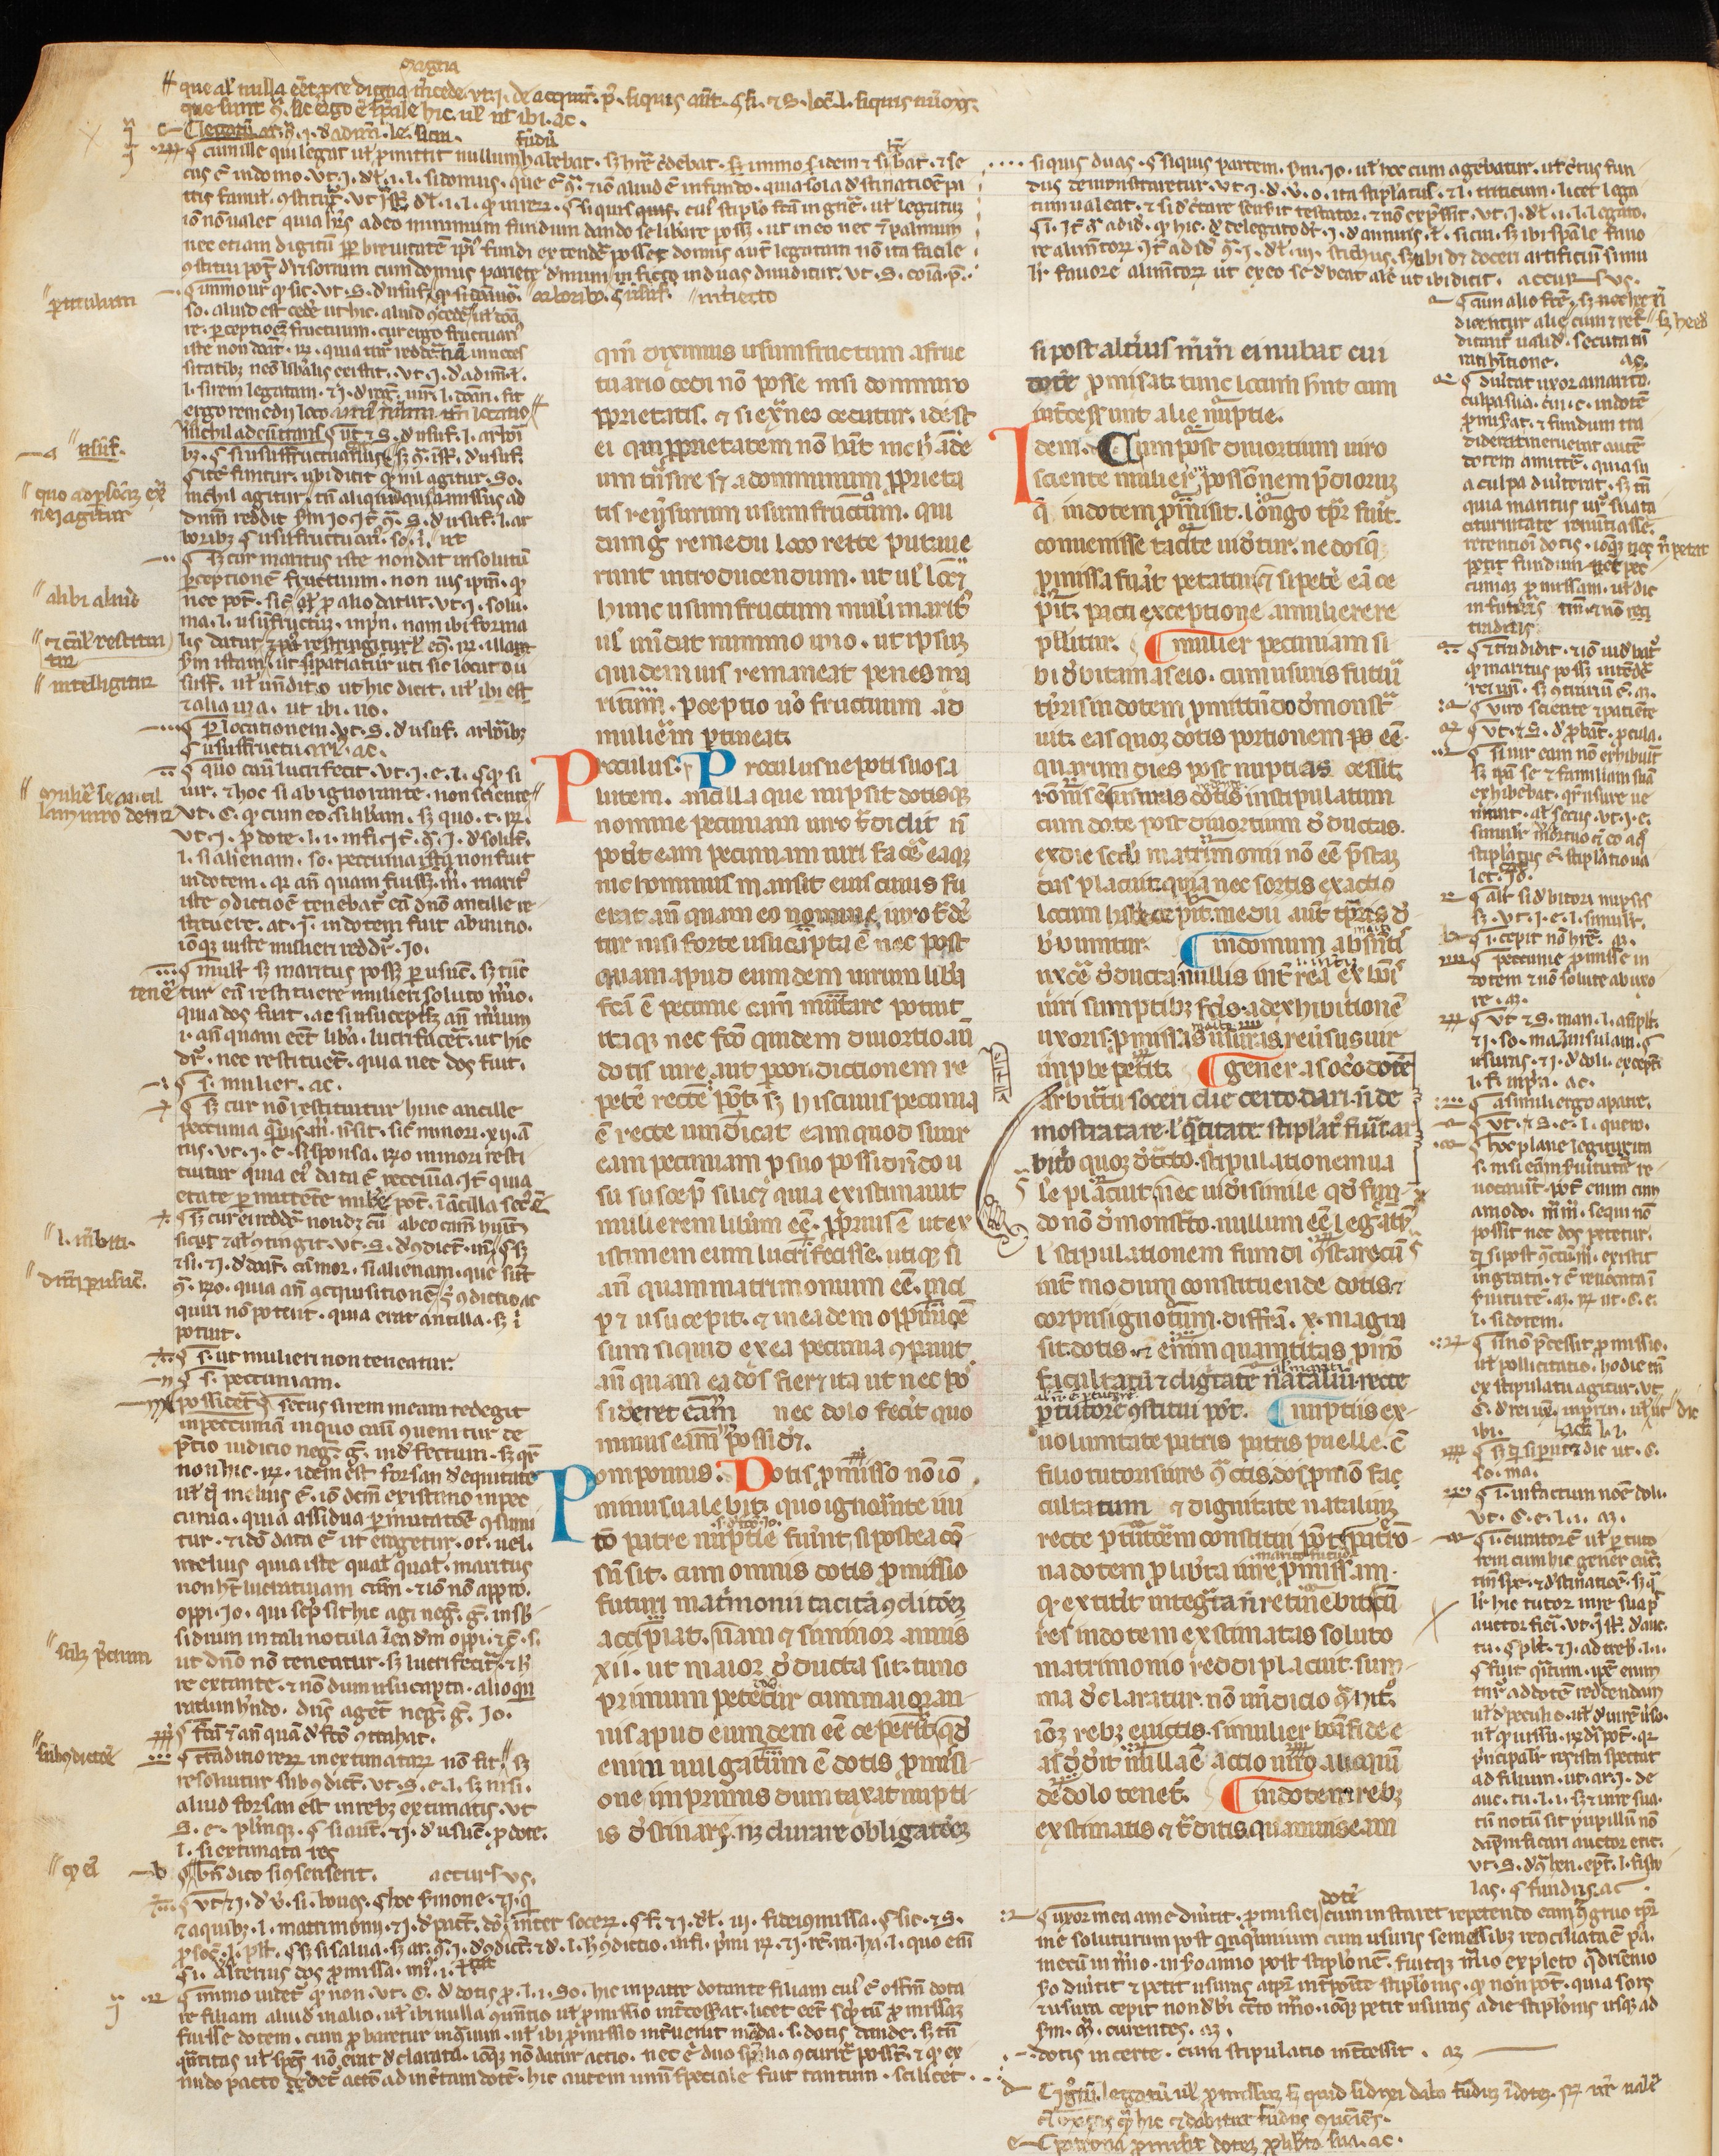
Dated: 1300–1399